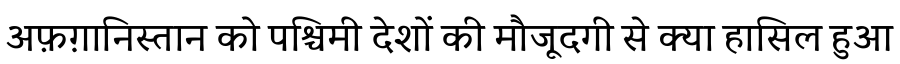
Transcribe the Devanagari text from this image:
अफ़ग़ानिस्तान को पश्चिमी देशों की मौजूदगी से क्या हासिल हुआ